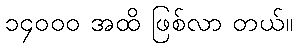
၁၄၀၀၀ အထိ ဖြစ်လာ တယ်။